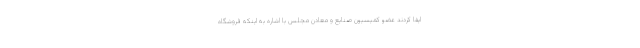
ایفا کردند عضو کمیسیون صنایع و معادن مجلس با اشاره به اینکه فروشگاه